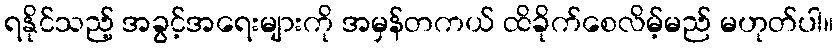
ရနိုင်သည့် အခွင့်အရေးများကို အမှန်တကယ် ထိခိုက်စေလိမ့်မည် မဟုတ်ပါ။